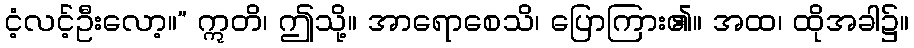
ငံ့လင့်ဦးလော့။” ဣတိ၊ ဤသို့။ အာရောစေသိ၊ ပြောကြား၏။ အထ၊ ထိုအခါ၌။